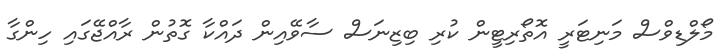
މޯލްޑިވްސް މަނިޓަރީ އޮތޯރިޓީން ކުރި ބިޒިނަސް ސާވޭއިން ދައްކާ ގޮތުން ރާއްޖޭގައި ހިންގާ